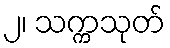
၂၊ သက္ကသုတ်